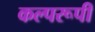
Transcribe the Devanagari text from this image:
कल्परूपी